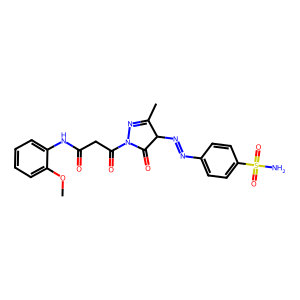
SMILES: COc1ccccc1NC(=O)CC(=O)N1N=C(C)C(N=Nc2ccc(S(N)(=O)=O)cc2)C1=O
Inhibits HIV replication: No